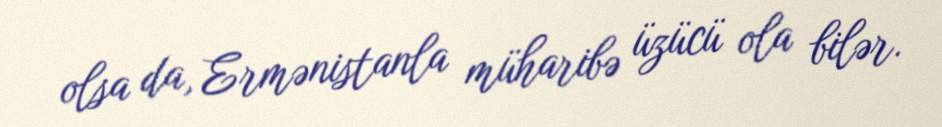
olsa da, Ermənistanla müharibə üzücü ola bilər.